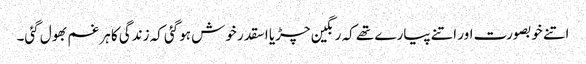
اتنے خوبصورت اور اتنے پیارے تھے کہ رنگین چڑیا اسقدر خوش ہوگئی کہ زندگی کا ہر غم بھول گئی۔